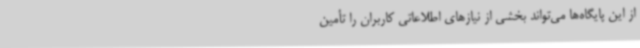
از این پایگاه‌ها می‌تواند بخشی از نیازهای اطلاعاتی کاربران را تأمین